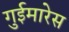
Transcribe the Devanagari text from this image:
गुईमारेस